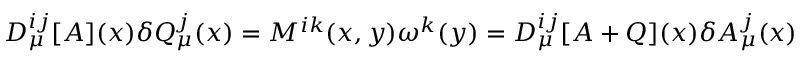
D _ { \mu } ^ { i j } [ A ] ( x ) \delta Q _ { \mu } ^ { j } ( x ) = M ^ { i k } ( x , y ) \omega ^ { k } ( y ) = D _ { \mu } ^ { i j } [ A + Q ] ( x ) \delta A _ { \mu } ^ { j } ( x )